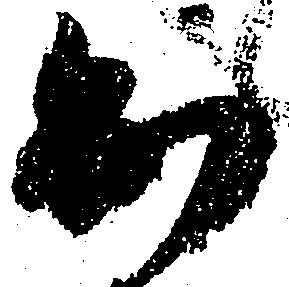
出